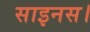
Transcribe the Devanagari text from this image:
साइनस।